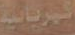
كهربائية